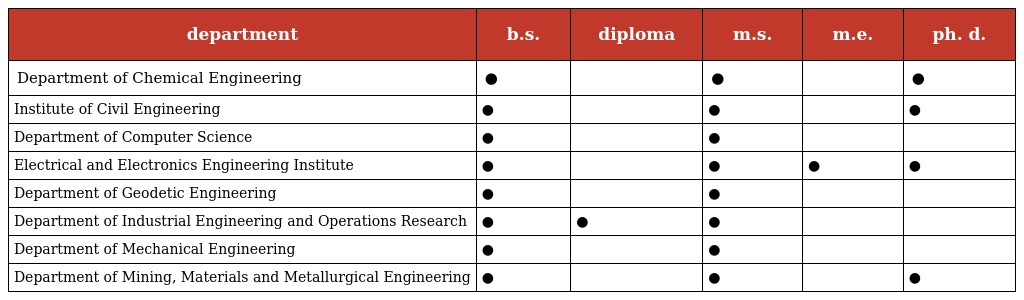
| department | b.s. | diploma | m.s. | m.e. | ph. d. |
 | --- | --- | --- | --- | --- | --- |
 | Department of Chemical Engineering | ● |  | ● |  | ● |
 | Institute of Civil Engineering | ● |  | ● |  | ● |
 | Department of Computer Science | ● |  | ● |  |  |
 | Electrical and Electronics Engineering Institute | ● |  | ● | ● | ● |
 | Department of Geodetic Engineering | ● |  | ● |  |  |
 | Department of Industrial Engineering and Operations Research | ● | ● | ● |  |  |
 | Department of Mechanical Engineering | ● |  | ● |  |  |
 | Department of Mining, Materials and Metallurgical Engineering | ● |  | ● |  | ● |